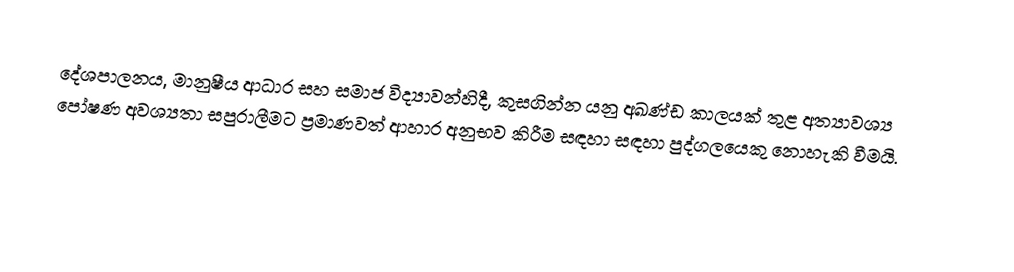
දේශපාලනය, මානුෂීය ආධාර සහ සමාජ විද්‍යාවන්හිදී, කුසගින්න යනු අඛණ්ඩ කාලයක් තුළ අත්‍යාවශ්‍ය පෝෂණ අවශ්‍යතා සපුරාලීමට ප්‍රමාණවත් ආහාර අනුභව කිරීම සඳහා සඳහා පුද්ගලයෙකු නොහැකි වීමයි.